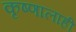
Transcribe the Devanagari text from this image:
कृष्णालाही